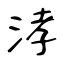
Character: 涍